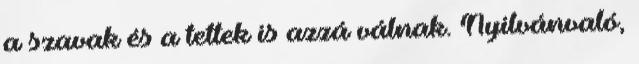
a szavak és a tettek is azzá válnak. Nyilvánvaló,